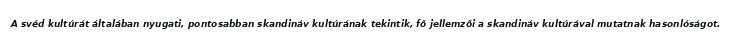
A svéd kultúrát általában nyugati, pontosabban skandináv kultúrának tekintik, fő jellemzői a skandináv kultúrával mutatnak hasonlóságot.